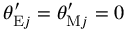
\theta _ { \mathrm { E } j } ^ { \prime } = \theta _ { \mathrm { M } j } ^ { \prime } = 0